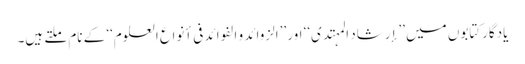
یادگارکتابوں میں ’’إرشاد المہتدی‘‘ اور ’’الزوائد و الفوائد فی أنواع العلوم‘‘ کے نام ملتے ہیں۔